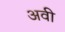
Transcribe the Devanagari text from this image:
अवी